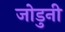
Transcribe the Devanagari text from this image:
जोडुनी